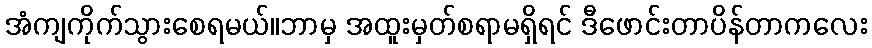
အံကျကိုက်သွားစေရမယ်။ဘာမှ အထူးမှတ်စရာမရှိရင် ဒီဖောင်းတာပိန်တာကလေး